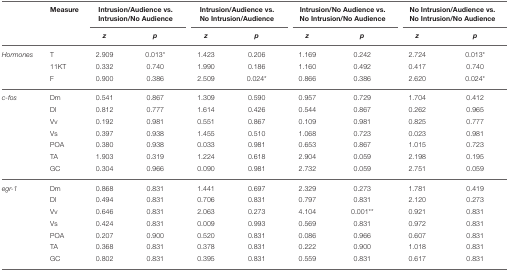
<table><thead><tr><td></td><td><b>Measure</b></td><td colspan="2"><b>Intrusion/Audience vs. Intrusion/No Audience</b></td><td colspan="2"><b>Intrusion/Audience vs. No Intrusion/Audience</b></td><td colspan="2"><b>Intrusion/No Audience vs. No Intrusion/No Audience</b></td><td colspan="2"><b>No Intrusion/Audience vs. No Intrusion/No Audience</b></td></tr><tr><td></td><td></td><td><b><i>z</i></b></td><td><b><i>p</i></b></td><td><b><i>z</i></b></td><td><b><i>p</i></b></td><td><b><i>z</i></b></td><td><b><i>p</i></b></td><td><b><i>z</i></b></td><td><b><i>p</i></b></td></tr></thead><tbody><tr><td><i>Hormones</i></td><td>T</td><td>2.909</td><td>0.013<sup>*</sup></td><td>1.423</td><td>0.206</td><td>1.169</td><td>0.242</td><td>2.724</td><td>0.013<sup>*</sup></td></tr><tr><td></td><td>11KT</td><td>0.332</td><td>0.740</td><td>1.990</td><td>0.186</td><td>1.160</td><td>0.492</td><td>0.417</td><td>0.740</td></tr><tr><td></td><td>F</td><td>0.900</td><td>0.386</td><td>2.509</td><td>0.024<sup>*</sup></td><td>0.866</td><td>0.386</td><td>2.620</td><td>0.024<sup>*</sup></td></tr><tr><td><i>c-fos</i></td><td>Dm</td><td>0.541</td><td>0.867</td><td>1.309</td><td>0.590</td><td>0.957</td><td>0.729</td><td>1.704</td><td>0.412</td></tr><tr><td></td><td>Dl</td><td>0.812</td><td>0.777</td><td>1.614</td><td>0.426</td><td>0.544</td><td>0.867</td><td>0.262</td><td>0.965</td></tr><tr><td></td><td>Vv</td><td>0.192</td><td>0.981</td><td>0.551</td><td>0.867</td><td>0.109</td><td>0.981</td><td>0.825</td><td>0.777</td></tr><tr><td></td><td>Vs</td><td>0.397</td><td>0.938</td><td>1.455</td><td>0.510</td><td>1.068</td><td>0.723</td><td>0.023</td><td>0.981</td></tr><tr><td></td><td>POA</td><td>0.380</td><td>0.938</td><td>0.033</td><td>0.981</td><td>0.653</td><td>0.867</td><td>1.015</td><td>0.723</td></tr><tr><td></td><td>TA</td><td>1.903</td><td>0.319</td><td>1.224</td><td>0.618</td><td>2.904</td><td>0.059</td><td>2.198</td><td>0.195</td></tr><tr><td></td><td>GC</td><td>0.304</td><td>0.966</td><td>0.090</td><td>0.981</td><td>2.732</td><td>0.059</td><td>2.751</td><td>0.059</td></tr><tr><td><i>egr-1</i></td><td>Dm</td><td>0.868</td><td>0.831</td><td>1.441</td><td>0.697</td><td>2.329</td><td>0.273</td><td>1.781</td><td>0.419</td></tr><tr><td></td><td>Dl</td><td>0.494</td><td>0.831</td><td>0.706</td><td>0.831</td><td>0.797</td><td>0.831</td><td>2.120</td><td>0.273</td></tr><tr><td></td><td>Vv</td><td>0.646</td><td>0.831</td><td>2.063</td><td>0.273</td><td>4.104</td><td>0.001<sup>**</sup></td><td>0.921</td><td>0.831</td></tr><tr><td></td><td>Vs</td><td>0.424</td><td>0.831</td><td>0.009</td><td>0.993</td><td>0.569</td><td>0.831</td><td>0.972</td><td>0.831</td></tr><tr><td></td><td>POA</td><td>0.207</td><td>0.900</td><td>0.520</td><td>0.831</td><td>0.086</td><td>0.966</td><td>0.607</td><td>0.831</td></tr><tr><td></td><td>TA</td><td>0.368</td><td>0.831</td><td>0.378</td><td>0.831</td><td>0.222</td><td>0.900</td><td>1.018</td><td>0.831</td></tr><tr><td></td><td>GC</td><td>0.802</td><td>0.831</td><td>0.395</td><td>0.831</td><td>0.559</td><td>0.831</td><td>0.617</td><td>0.831</td></tr></tbody></table>